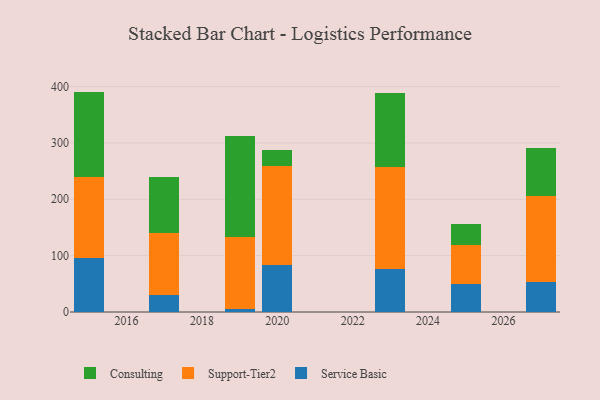
{"axis": {"x": "Year", "y": "Satisfaction Score"}, "legend": ["Consulting", "Service Basic", "Support-Tier2"], "data": [{"x": "2027", "y": 53.6, "type": "Service Basic"}, {"x": "2027", "y": 152.1, "type": "Support-Tier2"}, {"x": "2027", "y": 85.7, "type": "Consulting"}, {"x": "2023", "y": 76.8, "type": "Service Basic"}, {"x": "2023", "y": 180.0, "type": "Support-Tier2"}, {"x": "2023", "y": 131.6, "type": "Consulting"}, {"x": "2019", "y": 5.8, "type": "Service Basic"}, {"x": "2019", "y": 128.0, "type": "Support-Tier2"}, {"x": "2019", "y": 178.3, "type": "Consulting"}, {"x": "2025", "y": 50.0, "type": "Service Basic"}, {"x": "2025", "y": 69.3, "type": "Support-Tier2"}, {"x": "2025", "y": 36.9, "type": "Consulting"}, {"x": "2015", "y": 96.3, "type": "Service Basic"}, {"x": "2015", "y": 143.5, "type": "Support-Tier2"}, {"x": "2015", "y": 151.3, "type": "Consulting"}, {"x": "2020", "y": 83.7, "type": "Service Basic"}, {"x": "2020", "y": 174.6, "type": "Support-Tier2"}, {"x": "2020", "y": 28.9, "type": "Consulting"}, {"x": "2017", "y": 30.2, "type": "Service Basic"}, {"x": "2017", "y": 110.3, "type": "Support-Tier2"}, {"x": "2017", "y": 98.8, "type": "Consulting"}]}